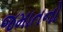
જમાતનો